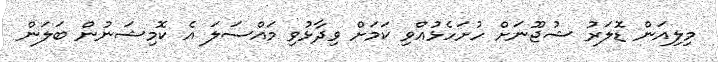
މިލިއަން ޑޮލަރު ޝުޖޫނަށް ހުށަހެޅުއްވި ކަމަށް ވިދާޅުވި މައްސަލަ އެ ކޮމިޝަނުން ބަލަން